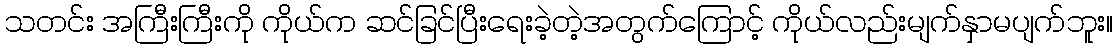
သတင်း အကြီးကြီးကို ကိုယ်က ဆင်ခြင်ပြီးရေးခဲ့တဲ့အတွက်ကြောင့် ကိုယ်လည်းမျက်နှာမပျက်ဘူး။